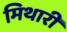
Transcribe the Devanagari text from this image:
मिथारी